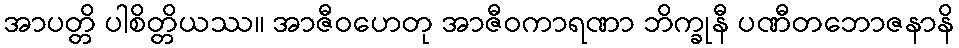
အာပတ္တိ ပါစိတ္တိယဿ။ အာဇီဝဟေတု အာဇီဝကာရဏာ ဘိက္ခုနီ ပဏီတဘောဇနာနိ